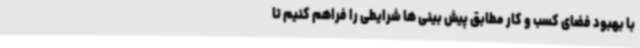
با بهبود فضای کسب و کار مطابق پیش بینی ها شرایطی را فراهم کنیم تا